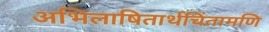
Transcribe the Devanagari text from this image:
अभिलाषितार्थचिंतामणि